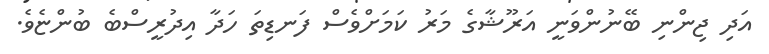
އަދި ޖިންނި ބޭނުންވަނީ އަރޫޝާގެ މަރު ކަމަށްވެސް ފަނޑިތަ ހަދާ އިދުރީސްބެ ބުންޏެވެ.